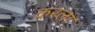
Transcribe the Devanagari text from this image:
करला